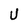
Character: U